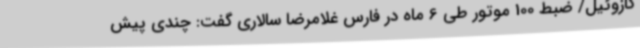
گازوئیل/ ضبط 100 موتور طی 6 ماه در فارس غلامرضا سالاری گفت: چندی پیش